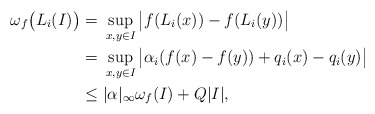
\begin{align*}\omega_f \big(L_i(I)\big) =&~ \sup_{x,y \in I} \big|f(L_i(x))-f(L_i(y))\big|\\= &~ \sup_{x,y \in I} \big|\alpha_i (f(x)-f(y))+ q_i(x)-q_i(y)\big|\\\le & ~|\alpha|_\infty \omega_f(I) + Q|I|,\end{align*}